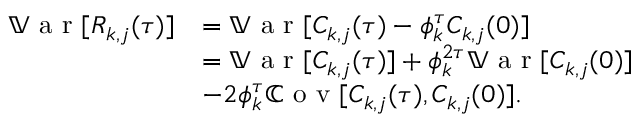
\begin{array} { r l } { \mathbb { V } \textrm { a r } [ R _ { k , j } ( \tau ) ] } & { = \mathbb { V } \textrm { a r } [ C _ { k , j } ( \tau ) - \phi _ { k } ^ { \tau } C _ { k , j } ( 0 ) ] } \\ & { = \mathbb { V } \textrm { a r } [ C _ { k , j } ( \tau ) ] + \phi _ { k } ^ { 2 \tau } \mathbb { V } \textrm { a r } [ C _ { k , j } ( 0 ) ] } \\ & { - 2 \phi _ { k } ^ { \tau } \mathbb { C } \textrm { o v } [ C _ { k , j } ( \tau ) , C _ { k , j } ( 0 ) ] . } \end{array}